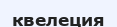
квелеция